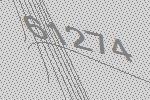
61274